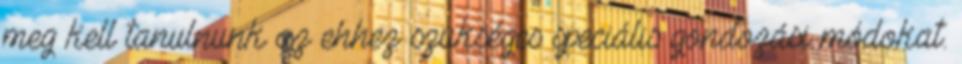
meg kell tanulnunk az ehhez szükséges speciális gondozási módokat.